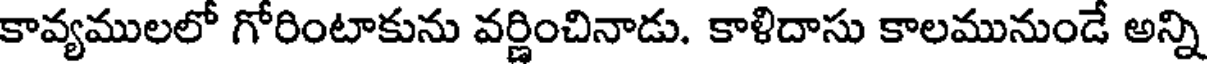
కావ్యములలో గోరింటాకును వర్ణించినాడు. కాళిదాసు కాలమునుండే అన్ని